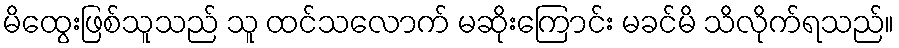
မိထွေးဖြစ်သူသည် သူ ထင်သလောက် မဆိုးကြောင်း မခင်မိ သိလိုက်ရသည်။